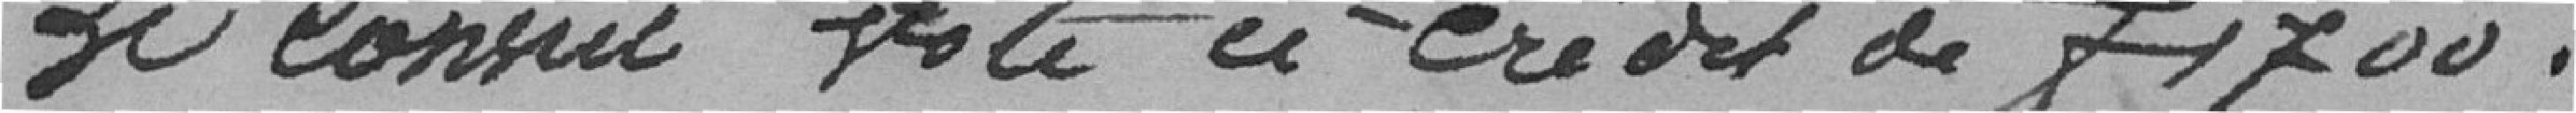
Le Conseil vote ce crédit de 1 700 francs.